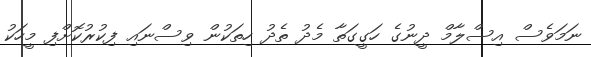
ނަމަވެސް އިސްލާމް ދީނުގެ ހަގީގަތާ މެދު ތެދު ހިތަކުން ވިސްނައި ފިކުރުކޮށްފި މީހަކު